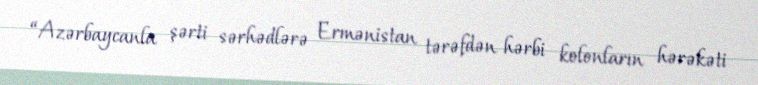
“Azərbaycanla şərti sərhədlərə Ermənistan tərəfdən hərbi kolonların hərəkəti